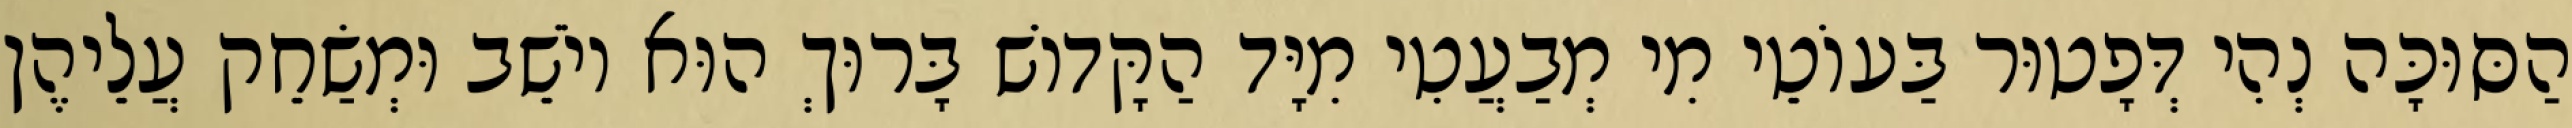
הַסּוּכָּה נְהִי דְּפָטוּר בַּעוֹטֵי מִי מְבַעֲטִי מִיָּד הַקָּדוֹשׁ בָּרוּךְ הוּא יוֹשֵׁב וּמְשַׂחֵק עֲלֵיהֶן